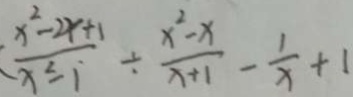
( \frac { x ^ { 2 } - 2 x + 1 } { x ^ { 2 } - 1 } \div \frac { x ^ { 2 } - x } { x + 1 } - \frac { 1 } { x } + 1